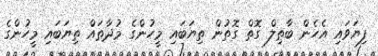
ފިޔަވައި އެހެން ބާޠިލް ގޮތް ގޮތުން ތިޔަބައި މީހުންގެ މުދާތައް ތިޔަބައި މީހުންގެ